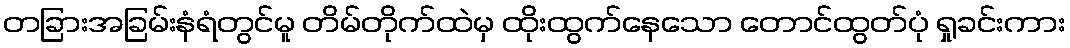
တခြားအခြမ်းနံရံတွင်မူ တိမ်တိုက်ထဲမှ ထိုးထွက်နေသော တောင်ထွတ်ပုံ ရှုခင်းကား